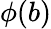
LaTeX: \phi(b)